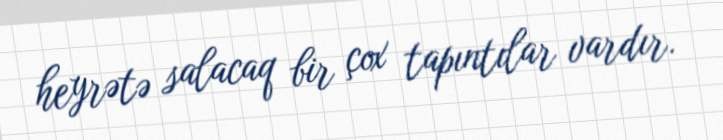
heyrətə salacaq bir çox tapıntılar vardır.